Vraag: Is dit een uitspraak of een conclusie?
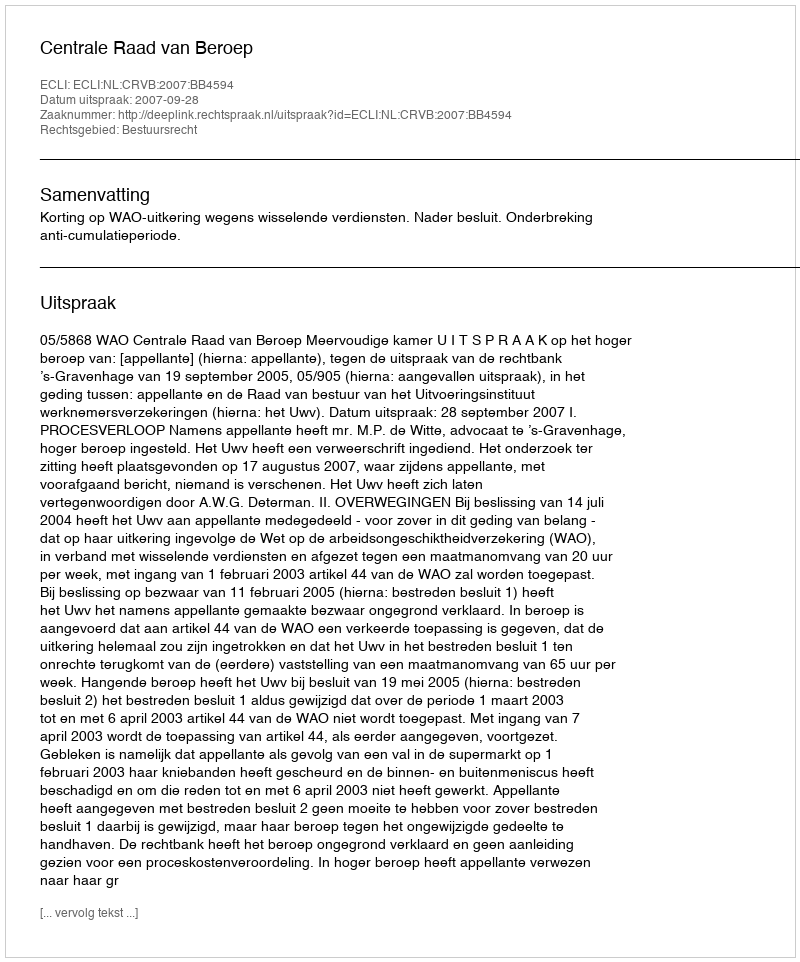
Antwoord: Uitspraak